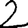
Digit: 2